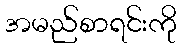
အမည်စာရင်းကို